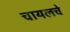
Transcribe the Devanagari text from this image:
चायलचे